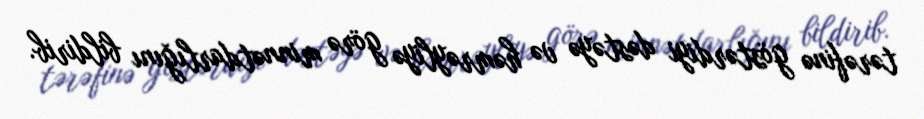
tərəfinə göstərdiyi dəstəyə və həmrəyliyə görə minnətdarlığını bildirib.